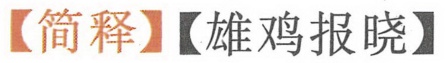
【简释】【雄鸡报晓】